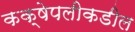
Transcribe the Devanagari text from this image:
कक्षेपलीकडील